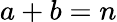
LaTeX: a+b=n